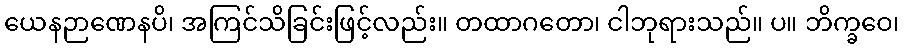
ယေနဉာဏေနပိ၊ အကြင်သိခြင်းဖြင့်လည်း။ တထာဂတော၊ ငါဘုရားသည်။ ပ။ ဘိက္ခဝေ၊